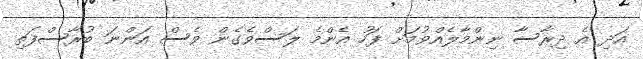
އަދި އެ ދިރާސާ ނިންމާލެއްވުމަށް ފަހު އެންމެ ލަސްވެގެން ވެސް އަންނަ ބުރާސްފަތި